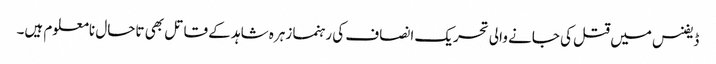
ڈیفنس میں قتل کی جانے والی تحریک انصاف کی رہنما زہرہ شاہد کے قاتل بھی تاحال نامعلوم ہیں۔